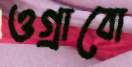
ওগ্‌রাবো